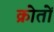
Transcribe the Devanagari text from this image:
क्रोतों